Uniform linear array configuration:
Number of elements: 32
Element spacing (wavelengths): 1
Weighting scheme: blackman
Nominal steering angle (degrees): -45
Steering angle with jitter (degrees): -44.726
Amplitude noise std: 0.05
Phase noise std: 0.05

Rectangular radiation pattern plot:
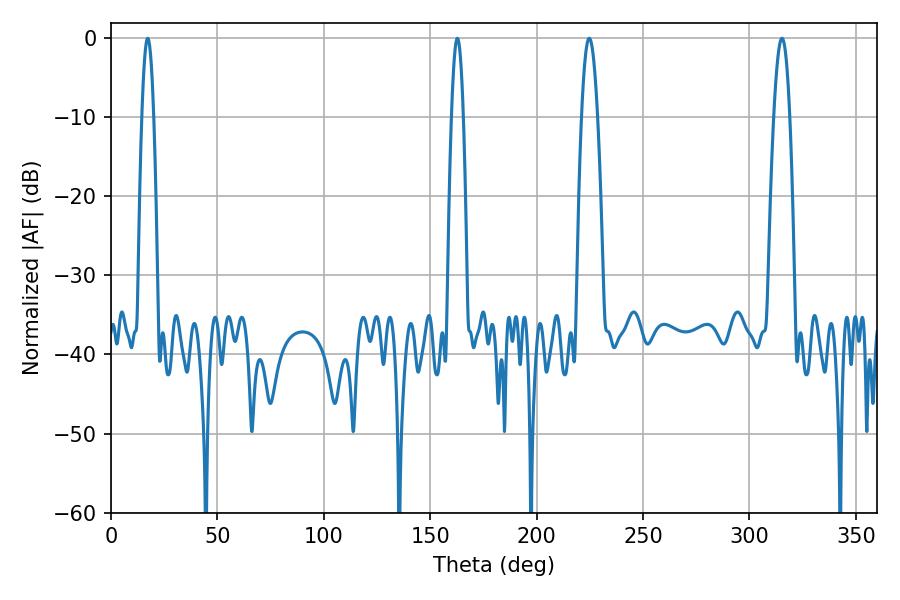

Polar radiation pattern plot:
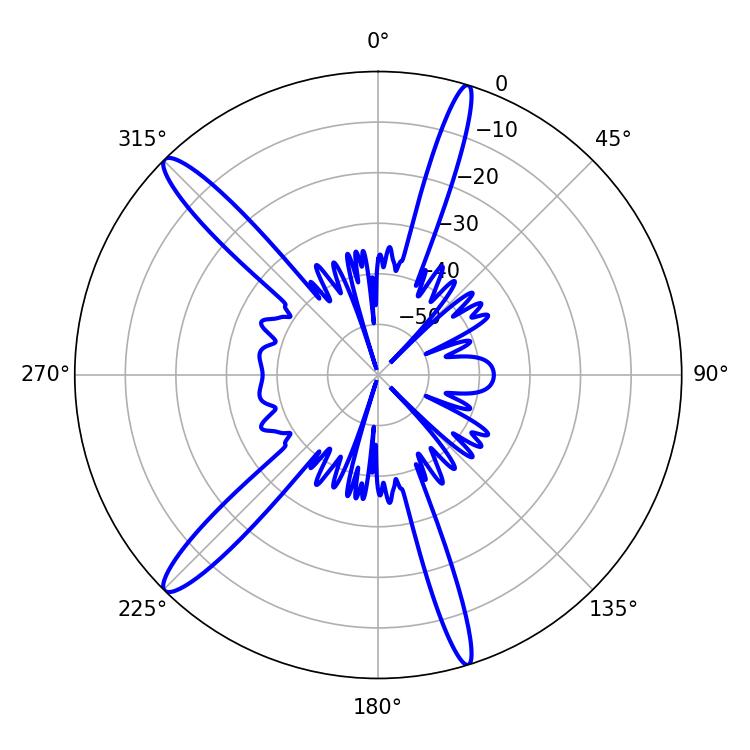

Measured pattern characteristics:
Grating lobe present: TRUE
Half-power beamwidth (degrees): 2.88
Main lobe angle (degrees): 17.28